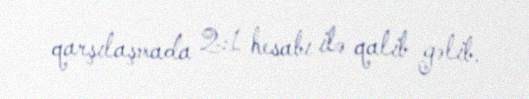
qarşılaşmada 2:1 hesabı ilə qalib gəlib.